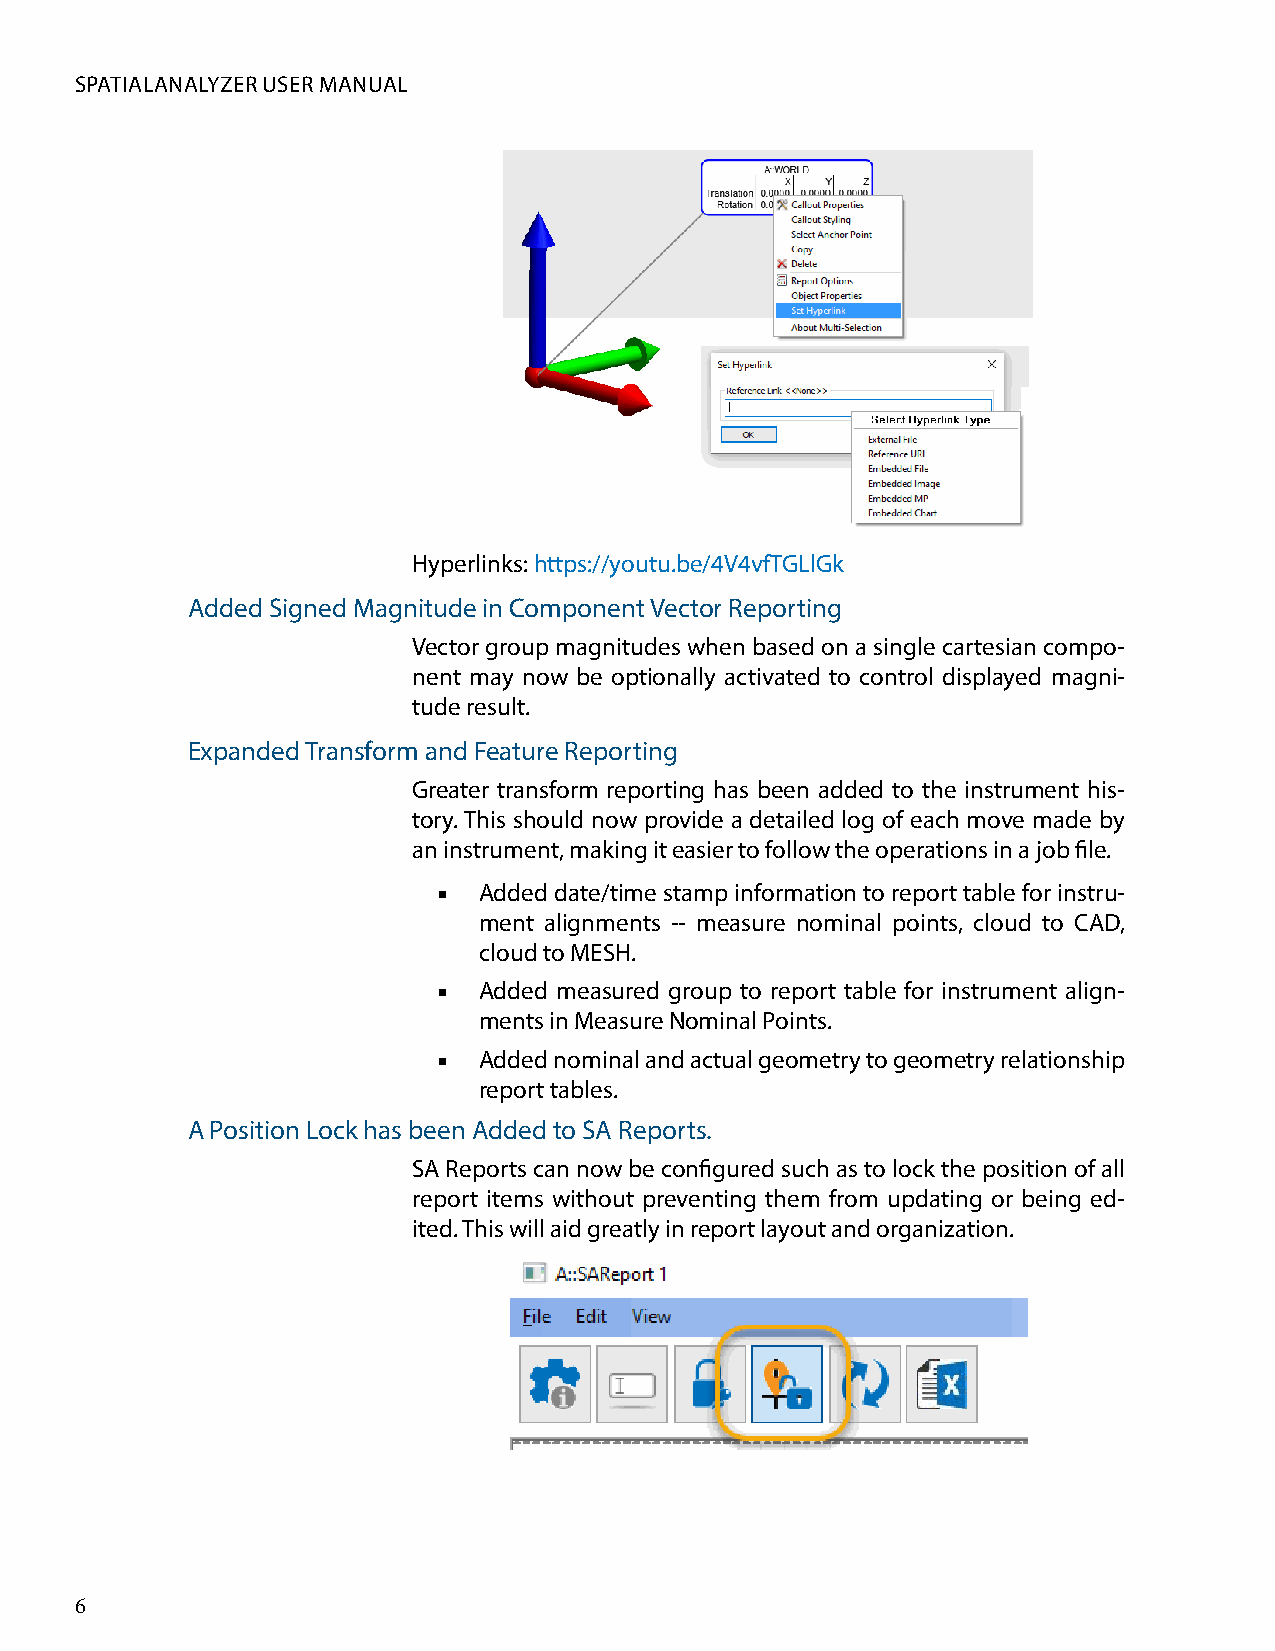
SPATIALANALYZER USER MANUAL
 Hyperlinks: https://youtu.be/4V4vfTGLlGk
 Added Signed Magnitude in Component Vector Reporting
 Vector group magnitudes when based on a single cartesian compo-
 nent may now be optionally activated to control displayed magni-
 tude result.
 Expanded Transform and Feature Reporting
 Greater transform reporting has been added to the instrument his-
 tory. This should now provide a detailed log of each move made by
 an instrument, making it easier to follow the operations in a job file.
 ■  Added date/time stamp information to report table for instru-
 ment alignments -- measure nominal points, cloud to CAD,
 cloud to MESH.
 ■  Added measured group to report table for instrument align-
 ments in Measure Nominal Points.
 ■  Added nominal and actual geometry to geometry relationship
 report tables.
 A Position Lock has been Added to SA Reports.
 SA Reports can now be configured such as to lock the position of all
 report items without preventing them from updating or being ed-
 ited. This will aid greatly in report layout and organization.
 6